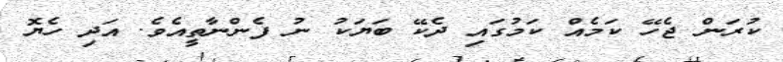
ކުރަން ޖެހޭ ކަމެއް ކަމުގައި ދެކޭ ބަޔަކު ނު ފެންނާތީއެވެ. އަދި ހެޔޮ